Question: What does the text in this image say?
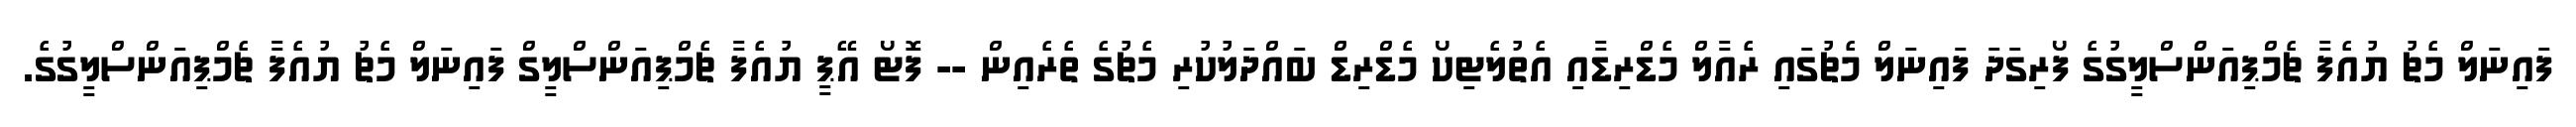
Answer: ފައިނަލް މެޗު ޔުއެފާ ޗެމްޕިއަންސްލީގުގެ ފޯރިގަދަ ފައިނަލް މެޗުގައި ރެއާލް މެޑްރިޑާއި އެތުލެޓިކޯ މެޑްރިޑް ބައްދަލުކުރި މެޗުގެ ތެރެއިން -- ފޮޓޯ އޭޕީ ޔުއެފާ ޗެމްޕިއަންސްލީގް ފައިނަލް މެޗު ޔުއެފާ ޗެމްޕިއަންސްލީގުގެ.